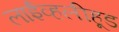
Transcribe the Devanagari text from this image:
लाईव्हलीहूड